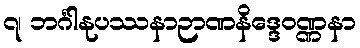
၇၊ ဘင်္ဂါနုပဿနာဉာဏနိဒ္ဒေဝဏ္ဏနာ